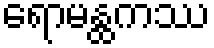
ရောမန္ထကဿ